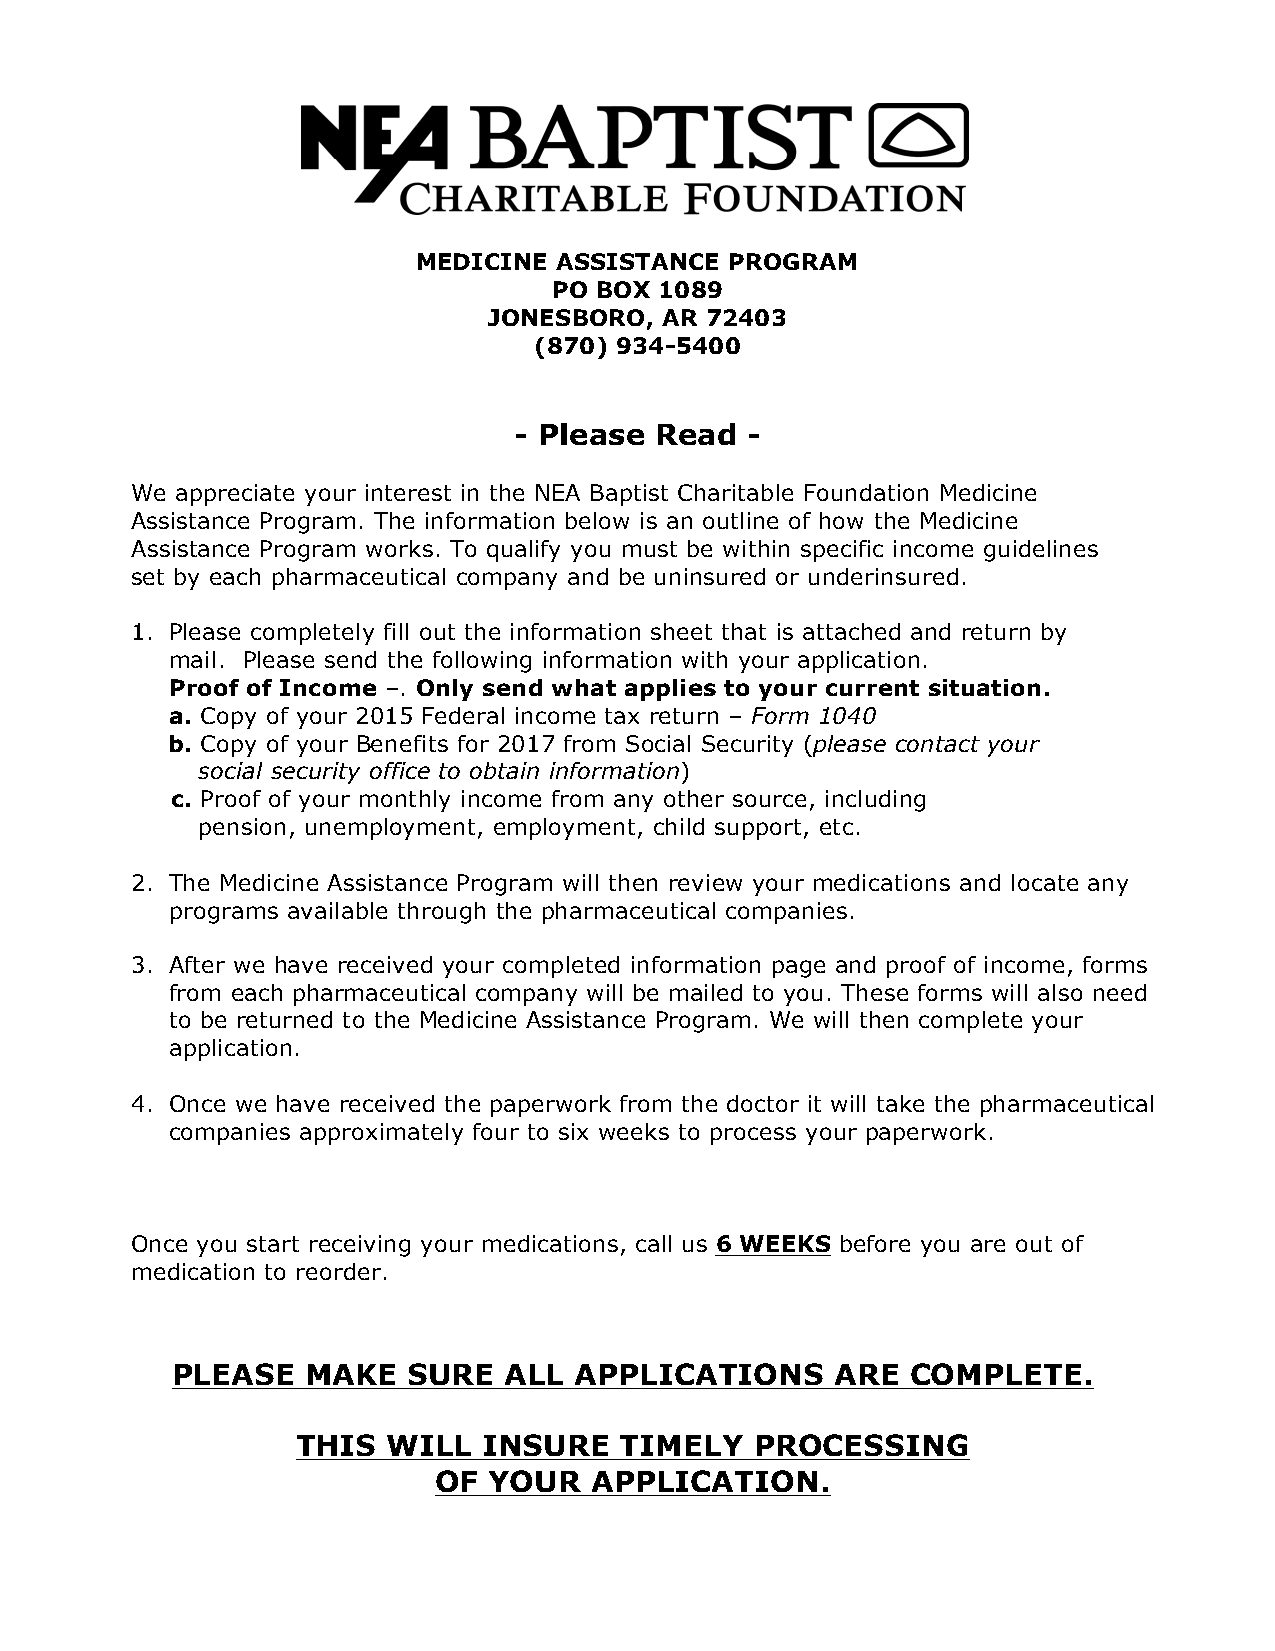
MEDICINE ASSISTANCE PROGRAM
 PO BOX 1089
 JONESBORO,  AR 72403
 (870) 934-5400
 - Please Read  -
 We appreciate your interest in the NEA Baptist Charitable Foundation Medicine
 Assistance Program. The information below is an outline of how the Medicine
 Assistance Program works. To qualify you must be within specific income guidelines
 set by each pharmaceutical company and be uninsured or underinsured.
 1. Please completely fill out the information sheet that is attached and return by
 mail. Please send the following information with your application.
 Proof of Income –. Only send what applies to your current situation.
 a. Copy of your 2015 Federal income tax return – Form 1040
 b. Copy of your Benefits for 2017 from Social Security (please contact your
 social security office to obtain information)
 c. Proof of your monthly income from any other source, including
 pension, unemployment, employment, child support, etc.
 2. The Medicine Assistance Program will then review your medications and locate any
 programs available through the pharmaceutical companies.
 3. After we have received your completed information page and proof of income, forms
 from each pharmaceutical company will be mailed to you. These forms will also need
 to be returned to the Medicine Assistance Program. We will then complete your
 application.
 4. Once we have received the paperwork from the doctor it will take the pharmaceutical
 companies approximately four to six weeks to process your paperwork.
 Once you start receiving your medications, call us 6 WEEKS before you are out of
 medication to reorder.
 PLEASE   MAKE   SURE  ALL  APPLICATIONS     ARE  COMPLETE.
 THIS  WILL  INSURE   TIMELY   PROCESSING
 OF YOUR   APPLICATION.